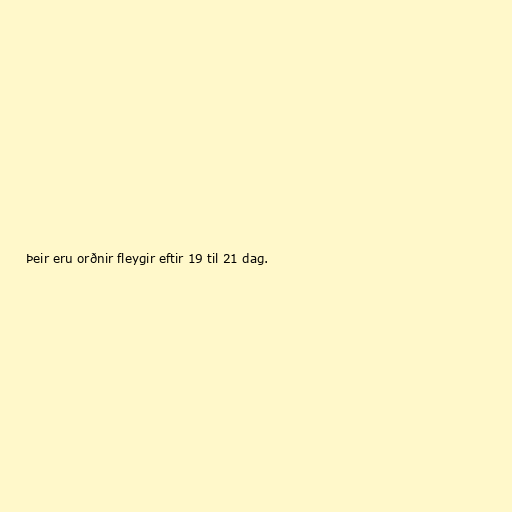
Þeir eru orðnir fleygir eftir 19 til 21 dag.